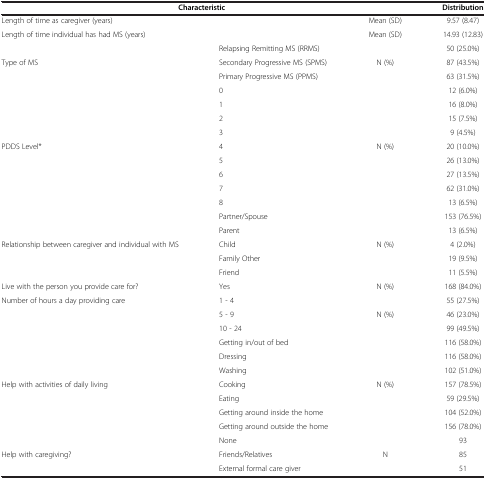
<table><thead><tr><td colspan="3"><b>Characteristic</b></td><td><b>Distribution</b></td></tr></thead><tbody><tr><td colspan="2">Length of time as caregiver (years)</td><td>Mean (SD)</td><td>9.57 (8.47)</td></tr><tr><td colspan="2">Length of time individual has had MS (years)</td><td>Mean (SD)</td><td>14.93 (12.83)</td></tr><tr><td rowspan="3">Type of MS</td><td>Relapsing Remitting MS (RRMS)</td><td rowspan="3">N (%)</td><td>50 (25.0%)</td></tr><tr><td>Secondary Progressive MS (SPMS)</td><td>87 (43.5%)</td></tr><tr><td>Primary Progressive MS (PPMS)</td><td>63 (31.5%)</td></tr><tr><td rowspan="9">PDDS Level*</td><td>0</td><td rowspan="9">N (%)</td><td>12 (6.0%)</td></tr><tr><td>1</td><td>16 (8.0%)</td></tr><tr><td>2</td><td>15 (7.5%)</td></tr><tr><td>3</td><td>9 (4.5%)</td></tr><tr><td>4</td><td>20 (10.0%)</td></tr><tr><td>5</td><td>26 (13.0%)</td></tr><tr><td>6</td><td>27 (13.5%)</td></tr><tr><td>7</td><td>62 (31.0%)</td></tr><tr><td>8</td><td>13 (6.5%)</td></tr><tr><td rowspan="5">Relationship between caregiver and individual with MS</td><td>Partner/Spouse</td><td rowspan="5">N (%)</td><td>153 (76.5%)</td></tr><tr><td>Parent</td><td>13 (6.5%)</td></tr><tr><td>Child</td><td>4 (2.0%)</td></tr><tr><td>Family Other</td><td>19 (9.5%)</td></tr><tr><td>Friend</td><td>11 (5.5%)</td></tr><tr><td>Live with the person you provide care for?</td><td>Yes</td><td>N (%)</td><td>168 (84.0%)</td></tr><tr><td rowspan="3">Number of hours a day providing care</td><td>1 - 4</td><td rowspan="3">N (%)</td><td>55 (27.5%)</td></tr><tr><td>5 - 9</td><td>46 (23.0%)</td></tr><tr><td>10 - 24</td><td>99 (49.5%)</td></tr><tr><td rowspan="7">Help with activities of daily living</td><td>Getting in/out of bed</td><td rowspan="7">N (%)</td><td>116 (58.0%)</td></tr><tr><td>Dressing</td><td>116 (58.0%)</td></tr><tr><td>Washing</td><td>102 (51.0%)</td></tr><tr><td>Cooking</td><td>157 (78.5%)</td></tr><tr><td>Eating</td><td>59 (29.5%)</td></tr><tr><td>Getting around inside the home</td><td>104 (52.0%)</td></tr><tr><td>Getting around outside the home</td><td>156 (78.0%)</td></tr><tr><td rowspan="2">Help with caregiving?</td><td>None</td><td rowspan="2">N</td><td>93</td></tr><tr><td>Friends/Relatives</td><td>85</td></tr><tr><td> </td><td>External formal care giver</td><td> </td><td>51</td></tr></tbody></table>